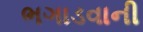
ભગાડવાની